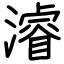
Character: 濬